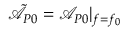
\tilde { \mathcal { A } } _ { P 0 } = \mathcal { A } _ { P 0 } | _ { f = f _ { 0 } }